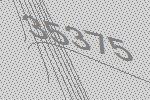
35375